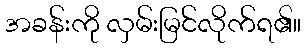
အခန်းကို လှမ်းမြင်လိုက်ရ၏။